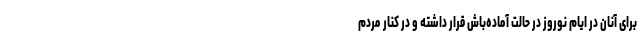
برای آنان در ایام نوروز در حالت آماده‌باش قرار داشته و در کنار مردم